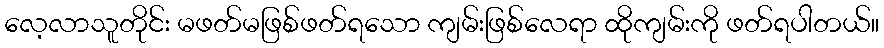
လေ့လာသူတိုင်း မဖတ်မဖြစ်ဖတ်ရသော ကျမ်းဖြစ်လေရာ ထိုကျမ်းကို ဖတ်ရပါတယ်။